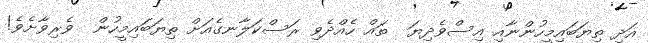
އަދި ތިޔަބައިމީހުންނާއި އިސްވެދިޔަ  ތައް ހެއްދެވި ރަސްކަލާނގެއަށް ތިޔަބައިމީހުން  ވެރިވާށެވެ!